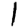
Digit: 1